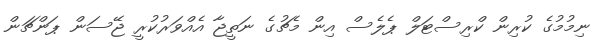
ނިމުމުގެ ކުރިން ކްރިސްޓަލް ޕެލެސް އިން މެޗުގެ ނަތީޖާ އެއްވަރުކުރީ ޖޭސަން ޕަންޗަން